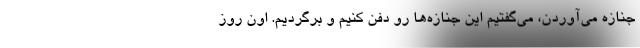
جنازه مي‌آوردن، مي‌گفتيم اين جنازه‌ها رو دفن كنيم و برگرديم. اون روز